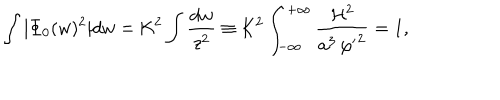
\int | \Phi _ { 0 } ( w ) ^ { 2 } | d w = \mathrm { K } ^ { 2 } \int \frac { d w } { z ^ { 2 } } \equiv \mathrm { K } ^ { 2 } \int _ { - \infty } ^ { + \infty } \frac { { \cal H } ^ { 2 } } { a ^ { 3 } \, { \varphi ^ { \prime } } ^ { 2 } } = 1 ,